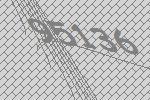
95136